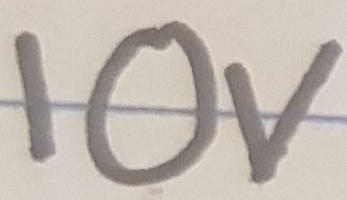
Text: 10V